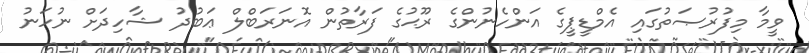
ވީމާ މިފުރުޞަތުގައި އެމްޑީޕީގެ އަންހެނުންގެ ރޫޙުގެ ފަރާތުން އޮނަރަބްލް ޢަބުދު ޝާހިދަށް ނުހަނު